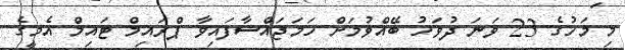
މި މަހުގެ 23 ވަނަ ދުވަހު ބޭއްވުމަށް ހަމަޖައްސާފައިވާ ޕްރައިމް ޓައިމް އެމީގެ